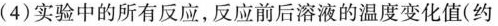
(4)实验中的所有反应，反应前后溶液的温度变化值(约